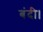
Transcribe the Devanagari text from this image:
बंदी।